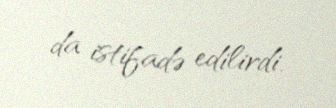
da istifadə edilirdi.